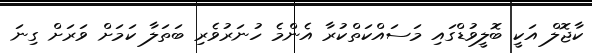
ކާޖޮލް އަކީ ބޮލީވުޑްގައި މަސައްކަތްކުރާ އެންމެ ހުނަރުވެރި ބަތަލާ ކަމަށް ވަރަށް ގިނަ